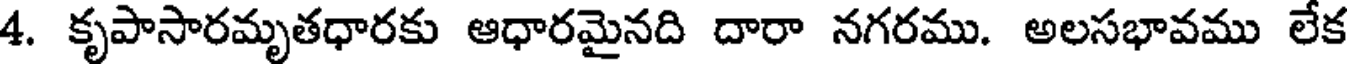
4. కృపాసారమృతధారకు ఆధారమైనది దారా నగరము. అలసభావము లేక